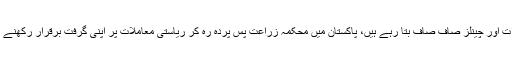
عالمی جریدے، اخبارات اور چینلز صاف صاف بتا رہے ہیں، پاکستان میں محکمہ زراعت پس پردہ رہ کر ریاستی معاملات پر اپنی گرفت برقرار رکھنے کی تگ و دو میں ہے۔